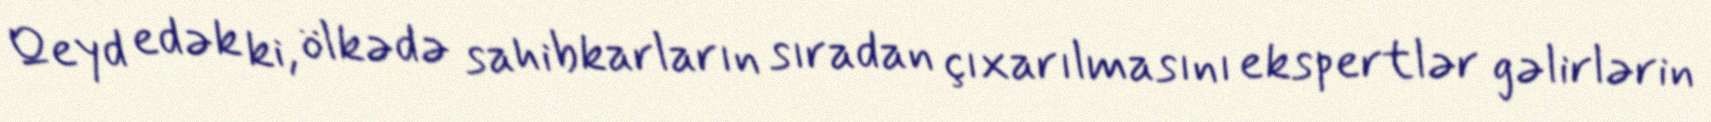
Qeyd edək ki, ölkədə sahibkarların sıradan çıxarılmasını ekspertlər gəlirlərin